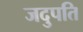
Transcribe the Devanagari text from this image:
जदुपति